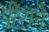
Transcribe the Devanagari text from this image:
पीराने